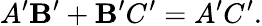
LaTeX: A^{\prime}\mathbf{B}^{\prime}+\mathbf{B}^{\prime}C^{\prime}=A^{\prime}C^{\prime}.